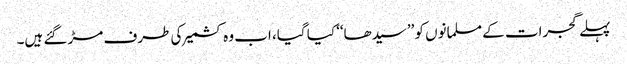
پہلے گجرات کے مسلمانوں کو ’’سیدھا‘‘ کیا گیا، اب وہ کشمیر کی طرف مڑ گئے ہیں۔